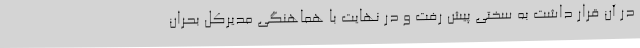
در آن قرار داشت به سختی پیش رفت و در نهایت با هماهنگی مدیرکل بحران